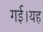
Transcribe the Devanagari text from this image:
गई।यह